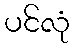
ပင်လုံ